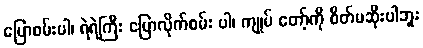
ပြောစမ်းပါ၊ ရဲရဲကြီး ပြောလိုက်စမ်း ပါ၊ ကျုပ် တော့်ကို စိတ်မဆိုးပါဘူး